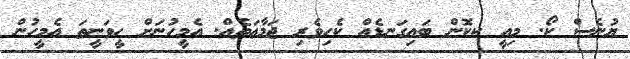
ޔުނެސް ކޯ. މިއީ ކކޮން ބައިގަނޑެއް ކެހިވެރި ޖަމާޢަތެއް. އެމީހުނަށް ހީވަނީތަ އެމީހުން